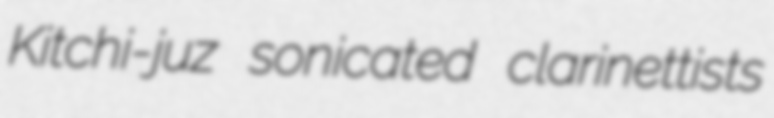
Kitchi-juz sonicated clarinettists